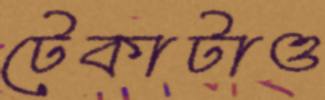
টেকাটাও